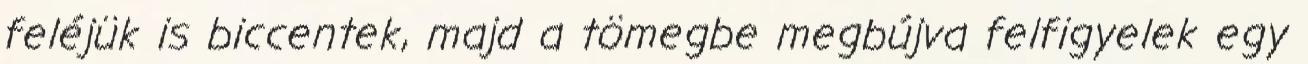
feléjük is biccentek, majd a tömegbe megbújva felfigyelek egy